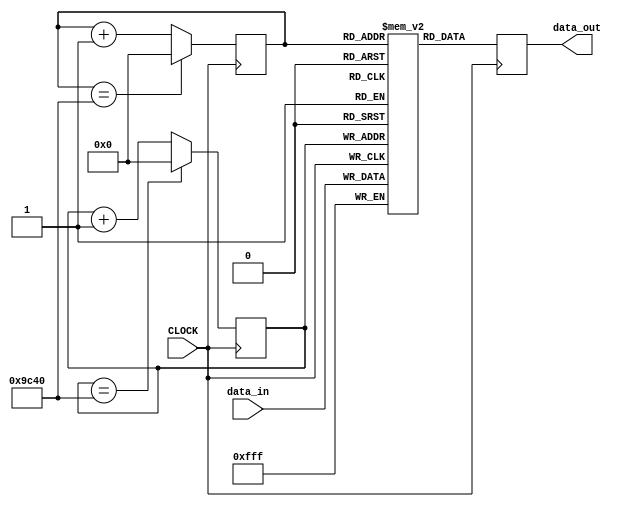
`timescale 1ns / 1ps
//////////////////////////////////////////////////////////////////////////////////
// Company: 
// Engineer: 
// 
// Design Name: 
// Module Name: delay
// Project Name: 
// Target Devices: 
// Tool Versions: 
// Description: 
// 
// Dependencies: 
// 
// Revision:
// Revision 0.01 - File Created
// Additional Comments:
// 
//////////////////////////////////////////////////////////////////////////////////


module delay(
    input CLOCK,
    input [11:0] data_in,
    output reg [11:0] data_out
    );
    reg [11:0] memory [0:40000];
    reg [15:0] i=0;
    reg [15:0] j=20000;
    always @(posedge CLOCK) begin
    memory[i] <= data_in;
    i <= (i==40000)?0:i+1;
    j <= (j==40000)?0:j+1;
    data_out <= memory[j];
    end
    
    
endmodule